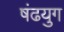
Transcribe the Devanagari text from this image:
षंढयुग